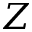
Z